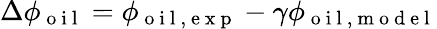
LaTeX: \Delta\phi_{\mathrm{~o~i~l~}}=\phi_{\mathrm{~o~i~l~,~e~x~p~}}-\gamma\phi_{\mathrm{~o~i~l~,~m~o~d~e~l~}}